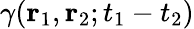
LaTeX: \gamma({{\mathbf{r}}_{1}},{{\mathbf{r}}_{2}};{{t}_{1}}-{{t}_{2}})